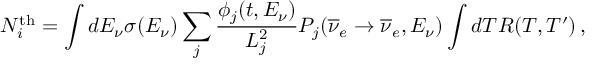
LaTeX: N _ { i } ^ { \mathrm { t h } } = \int d E _ { \nu } \sigma ( E _ { \nu } ) \sum _ { j } \frac { \phi _ { j } ( t , E _ { \nu } ) } { L _ { j } ^ { 2 } } P _ { j } ( { \overline { { \nu } } } _ { e } \rightarrow { \overline { { \nu } } } _ { e } , E _ { \nu } ) \int d T R ( T , T ^ { \prime } ) \, ,